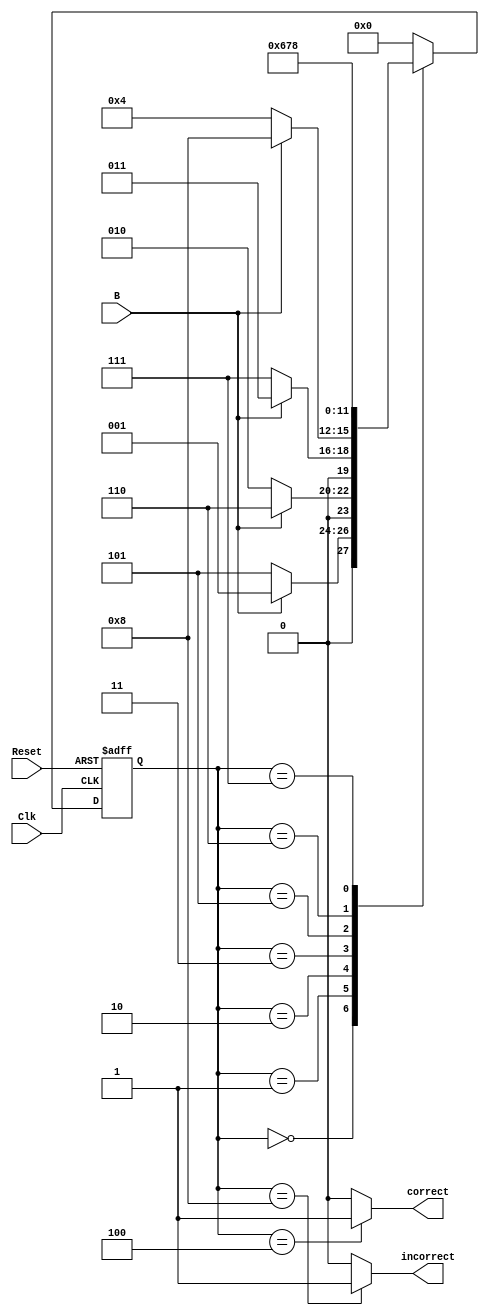
`timescale 1ns / 1ps
//////////////////////////////////////////////////////////////////////////////////
// Company: 
// Engineer: 
// 
// Design Name: 
// Module Name: Digital_Lock_FSM
// Project Name: 
// Target Devices: 
// Tool Versions: 
// Description: 
// 
// Dependencies: 
// 
// Revision:
// Revision 0.01 - File Created
// Additional Comments:
// 
//////////////////////////////////////////////////////////////////////////////////


module Digital_Lock_FSM( input Clk,input Reset,input B,output reg correct,output reg incorrect);
    reg [3:0] present_state,next_state;
    parameter S0=4'b0000,S1=4'b0001,S2=4'b0010,S3=4'b0011,S4=4'b0100,E1=4'b0101,E2=4'b0110,E3=4'b0111,E4=4'b1000;
    always@(posedge Clk, posedge Reset)
    begin
    if(Reset==1)
    present_state=S0;
    else
    present_state=next_state;
    end
    //1010
    always@(*)
    begin
    case(present_state)
    S0: if(B==1)
        next_state=S1;
        else
        next_state=E1;
    S1: if(B==0)
         next_state=S2;
         else
         next_state=E2;
    S2: if(B==1)
    next_state=S3;
    else
    next_state=E3;
    S3: if(B==0)
    next_state=S4;
    else
    next_state=E4;
    S4:next_state=S0;
    E1:next_state=E2;
    E2:next_state=E3;
    E3:next_state=E4;
    E4:next_state=S0;
    default:next_state=S0;
    endcase
    end
    always@(present_state)
    begin
    case(present_state)
    S4: begin
        correct=1'b1;
        incorrect=1'b0;
        end
    E4:    begin
           correct=1'b0;
           incorrect=1'b1;
           end
     default: begin
             correct=1'b0;
             incorrect=1'b0; 
             end
     endcase
     end
    
endmodule